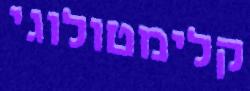
קלימטולוגי